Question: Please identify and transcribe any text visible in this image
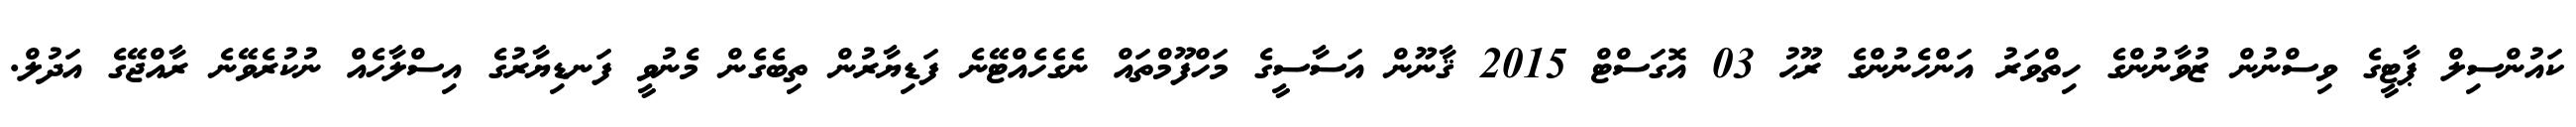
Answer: ކައުންސިލް ޕާޓީގެ ވިސްނުން ޒުވާނުންގެ ހިތްވަރު އަންހެނުންގެ ރޫޙު 03 އޮގަސްޓް 2015 ޤާނޫން އަސާސީގެ މަހްފޫމްތައް ނެގެހެއްޓޭނެ ފަޑިޔާރުން ތިބެގެން މެނުވީ ފަނޑިޔާރުގެ އިސްލާހެއް ނުކުރެވޭނެ ރާއްޖޭގެ އަދުލް.